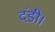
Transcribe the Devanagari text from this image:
दंडी।